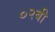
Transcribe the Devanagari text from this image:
०२बी